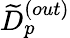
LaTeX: {\widetilde D}_{p}^{(out)}